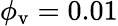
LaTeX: \phi_{\mathrm{v}}=0.01